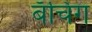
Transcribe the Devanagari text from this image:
बॅचिंग